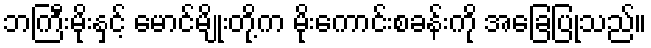
ဘကြီးမိုးနှင့် မောင်မျိုးတို့က မိုးကောင်းစခန်းကို အခြေပြုသည်။